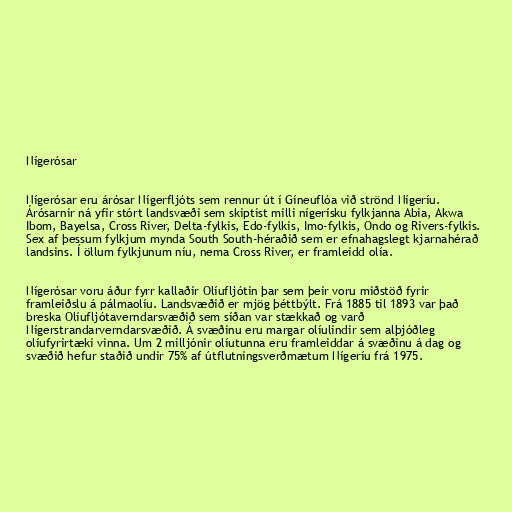
Nígerósar

Nígerósar eru árósar Nígerfljóts sem rennur út í Gíneuflóa við strönd Nígeríu.
Árósarnir ná yfir stórt landsvæði sem skiptist milli nígerísku fylkjanna Abia, Akwa
Ibom, Bayelsa, Cross River, Delta-fylkis, Edo-fylkis, Imo-fylkis, Ondo og Rivers-fylkis.
Sex af þessum fylkjum mynda South South-héraðið sem er efnahagslegt kjarnahérað
landsins. Í öllum fylkjunum níu, nema Cross River, er framleidd olía.

Nígerósar voru áður fyrr kallaðir Olíufljótin þar sem þeir voru miðstöð fyrir
framleiðslu á pálmaolíu. Landsvæðið er mjög þéttbýlt. Frá 1885 til 1893 var það
breska Olíufljótaverndarsvæðið sem síðan var stækkað og varð
Nígerstrandarverndarsvæðið. Á svæðinu eru margar olíulindir sem alþjóðleg
olíufyrirtæki vinna. Um 2 milljónir olíutunna eru framleiddar á svæðinu á dag og
svæðið hefur staðið undir 75% af útflutningsverðmætum Nígeríu frá 1975.